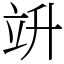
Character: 竔